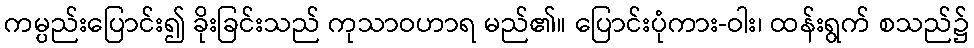
ကမ္ပည်းပြောင်း၍ ခိုးခြင်းသည် ကုသာဝဟာရ မည်၏။ ပြောင်းပုံကား-ဝါး၊ ထန်းရွက် စသည်၌